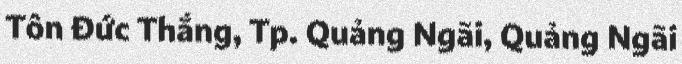
Tôn Đức Thắng, Tp. Quảng Ngãi, Quảng Ngãi